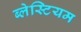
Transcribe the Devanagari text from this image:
ब्लेस्टियम